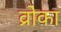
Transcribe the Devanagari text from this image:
व्रोका